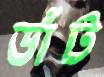
ডাঁট